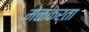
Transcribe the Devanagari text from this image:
मेळकर्ता